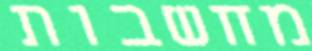
מחשבות